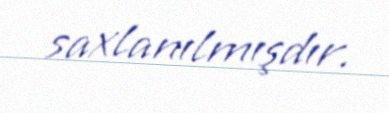
saxlanılmışdır.